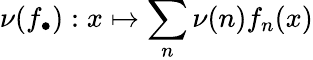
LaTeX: \nu(f_{\bullet}):x\mapsto\sum_{n}\nu(n)f_{n}(x)